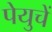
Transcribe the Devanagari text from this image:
पेयुचें